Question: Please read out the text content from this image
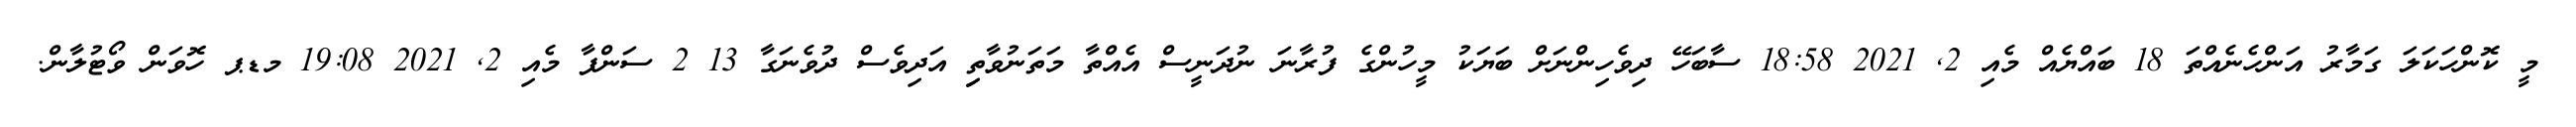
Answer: މީ ކޮންހަކަލަ ގަމާރު އަންހެނެއްތަ 18 ބައްޔެއް މެއި 2, 2021 18:58 ސާބަހޭ ދިވެހިންނަށް ބަޔަކު މީހުންގެ ފުރާނަ ނުދަނީސް އެއްތާ މަތަނުވާތިި އަދިވެސް ދުވެނަގާ 13 2 ސަންފާ މެއި 2, 2021 19:08 މޑޕ ހޮވަން ވޯޓުލާން.